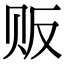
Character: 贩